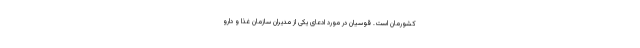
کشورمان است. قوسیان در مورد ادعای یکی از مدیران سازمان غذا و دارو